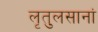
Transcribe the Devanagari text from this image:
लृतुलसानां